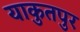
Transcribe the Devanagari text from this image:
याकुतपुर